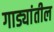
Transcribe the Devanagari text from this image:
गाड्यांतील